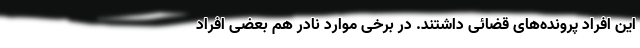
این افراد پرونده‌های قضائی داشتند. در برخی موارد نادر هم بعضی افراد